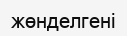
жөнделгені